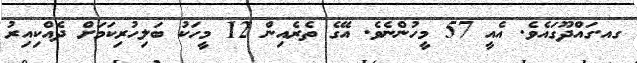
ގއ.ގައްދޫގައެވެ. އެއީ 57 މީހުންނެވެ. އޭގެ ތެރެއިން 12 މީހަކު ބަލިހުރިކަމަށް ދެއްކިއިރު